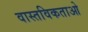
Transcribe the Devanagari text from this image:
वास्तविकताओ